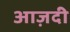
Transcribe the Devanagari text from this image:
आज़दी